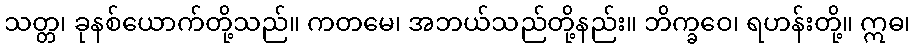
သတ္တ၊ ခုနစ်ယောက်တို့သည်။ ကတမေ၊ အဘယ်သည်တို့နည်း။ ဘိက္ခဝေ၊ ရဟန်းတို့။ ဣဓ၊